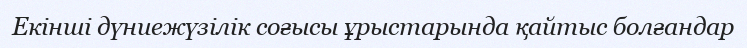
Екінші дүниежүзілік соғысы ұрыстарында қайтыс болғандар